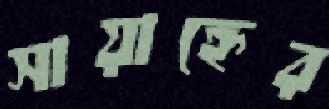
সায়াহ্নের